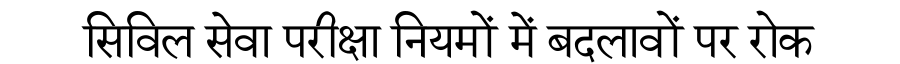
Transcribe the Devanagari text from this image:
सिविल सेवा परीक्षा नियमों में बदलावों पर रोक